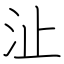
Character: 沚